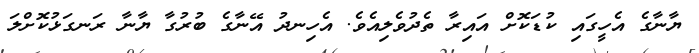
ޔާނާގެ އެހީގައި ކުޑަކޮށް އައިރާ ތެދުވެލިއެވެ. އެހިނދު އޭނާގެ ބުރުގާ ޔާނާ ރަނގަޅުކޮށްލަ